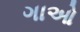
ગાઓ